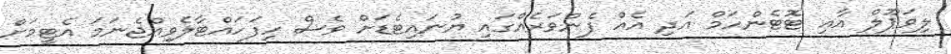
ލިވަޕޫލް އާއި ޓޮޓެންހަމް އަދި އެއް ފެންވަރެއްގައި ޔުނައިޓެޑަށް ވެސް ހިފަހައްޓާލެވިއްޖެނަމަ އެޓީމަށް